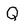
Character: Q